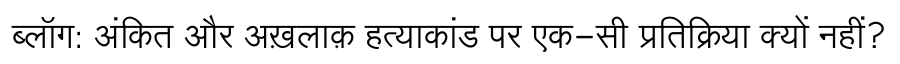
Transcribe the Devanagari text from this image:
ब्लॉग: अंकित और अख़लाक़ हत्याकांड पर एक-सी प्रतिक्रिया क्यों नहीं?